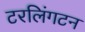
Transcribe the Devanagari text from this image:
टरलिंगटन